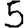
Digit: 5